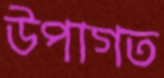
উপাগত